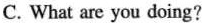
C. What are you doing?